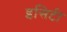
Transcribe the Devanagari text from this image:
इसिटी